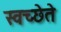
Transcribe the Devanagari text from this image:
स्वच्छेते